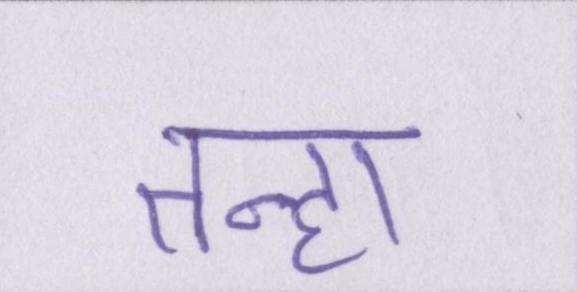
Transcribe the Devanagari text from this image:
तन्हा